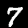
Digit: 7